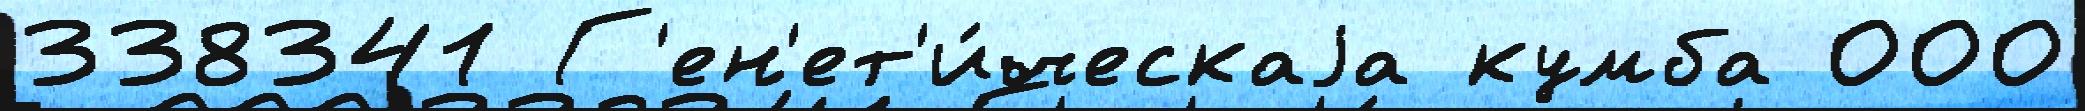
338341 Г'ен'ет'и́ческаjа кумба 000